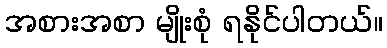
အစားအစာ မျိုးစုံ ရနိုင်ပါတယ်။